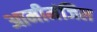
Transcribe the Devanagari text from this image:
आमीमंजिल